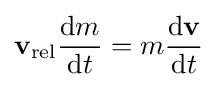
\mathbf {v} _{\mathrm {rel} }{\frac {\mathrm {d} m}{\mathrm {d} t}}=m{\frac {\mathrm {d} \mathbf {v} }{\mathrm {d} t}}